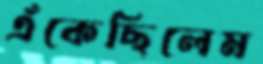
এঁকেছিলেম